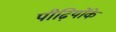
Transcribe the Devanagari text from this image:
पीढ़ियोंके